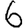
Digit: 6